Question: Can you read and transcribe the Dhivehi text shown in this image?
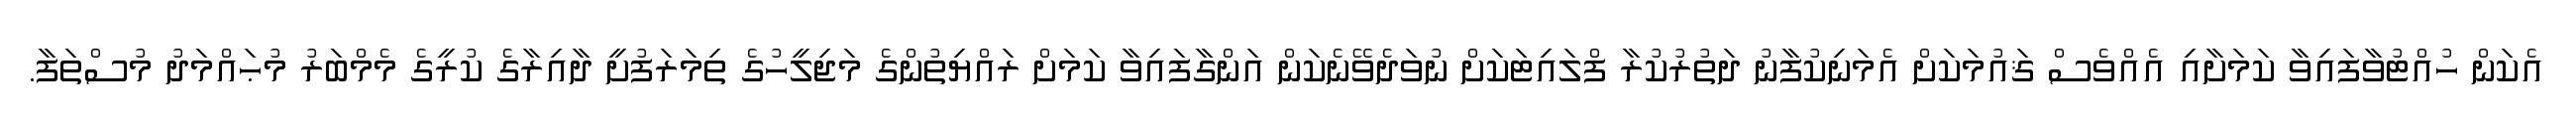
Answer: އެކަން ހުއްޓުވާފައިވާ ކަމަށާއި އެއްވެސް ޤައުމަކަށް އެމަނިކުފާނު ދަތުރުކުރާ ފްލައިޓަކަށް ނުވަދެވޭނެކަން އަންގާފައިވާ ކަމަށް ރައްޔިތުންގެ މަޖިލީހުގެ ތިމަރަފުށީ ދާއިރާގެ ކުރީގެ މެމްބަރު މުޙައްމަދު މުސްތަފާ.